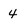
Character: 4